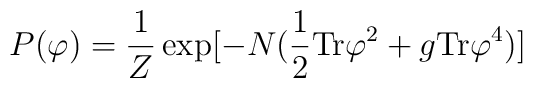
P(\varphi) ={1\over{Z}}\exp [ -N ( {1\over{2}}{\rm Tr} \varphi^{2} + {g }{\rm Tr}\varphi^{4}  ) ]